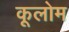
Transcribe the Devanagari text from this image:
कूलोम